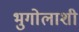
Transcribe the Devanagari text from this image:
भुगोलाशी